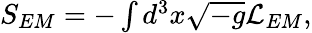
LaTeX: \begin{array}{r}{S_{EM}=-\int d^{3}x\sqrt{-g}\mathcal{L}_{EM},}\end{array}